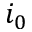
i _ { 0 }